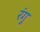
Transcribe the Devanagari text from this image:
रंगु